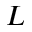
L